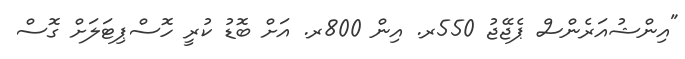
"އިންޝުއަރެންސް ޕެޖޭޖު 550ރ. އިން 800ރ. އަށް ބޮޑު ކުރީ ހޮސްޕިޓަލަށް ގޮސް